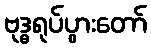
ဗုဒ္ဓရုပ်ပွားတော်